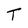
Character: T